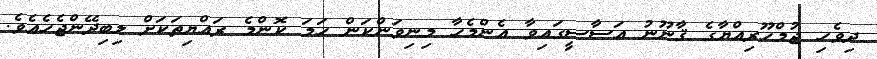
ދިވެހި ޖުމްހޫރިއްޔާގެ ޤާނޫނު އަސާސީގައިވާ އެންމެހާ މިނިވަންކަން ހަމަ ކޮންމެ ރައްޔިތަކަށް ލިބިދޭންޖެހެއެވެ.